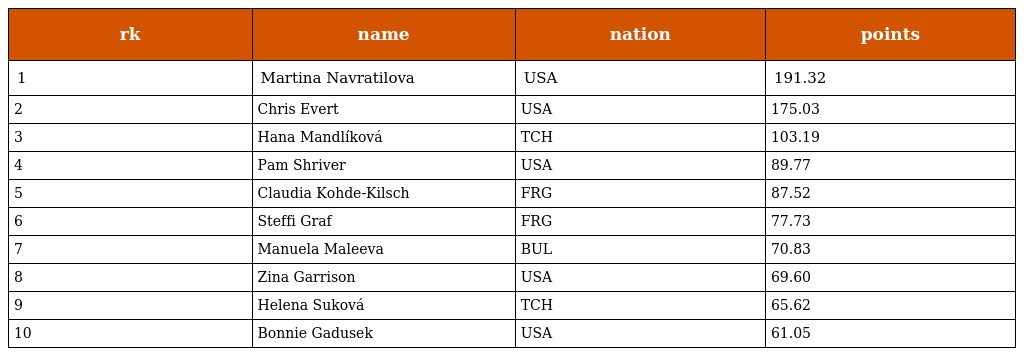
| rk | name | nation | points |
 | --- | --- | --- | --- |
 | 1 | Martina Navratilova | USA | 191.32 |
 | 2 | Chris Evert | USA | 175.03 |
 | 3 | Hana Mandlíková | TCH | 103.19 |
 | 4 | Pam Shriver | USA | 89.77 |
 | 5 | Claudia Kohde-Kilsch | FRG | 87.52 |
 | 6 | Steffi Graf | FRG | 77.73 |
 | 7 | Manuela Maleeva | BUL | 70.83 |
 | 8 | Zina Garrison | USA | 69.60 |
 | 9 | Helena Suková | TCH | 65.62 |
 | 10 | Bonnie Gadusek | USA | 61.05 |